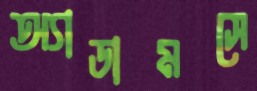
অ্যাডামসে